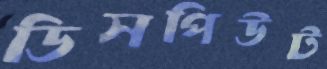
ডিসপিউট